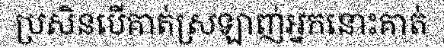
ប្រសិនបើគាត់ស្រឡាញ់អ្នកនោះគាត់